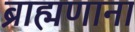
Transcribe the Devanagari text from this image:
ब्राह्मणाना